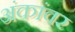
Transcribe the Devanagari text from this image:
अंकांवर